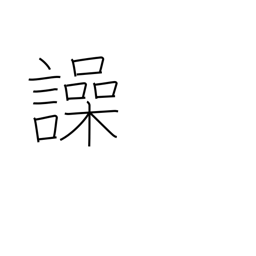
Meaning: shout